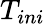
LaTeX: T_{ini}